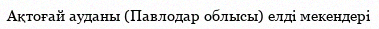
Ақтоғай ауданы (Павлодар облысы) елді мекендері